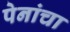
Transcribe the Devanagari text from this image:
पेनांचा